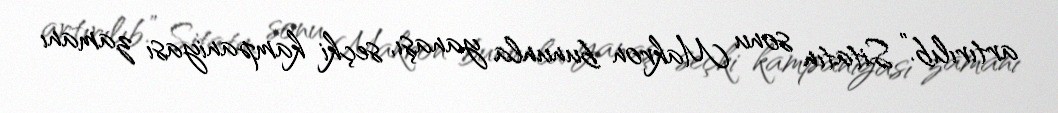
artırılıb.” Sitatın sonu Makron bununla yanaşı, seçki kampaniyası zamanı